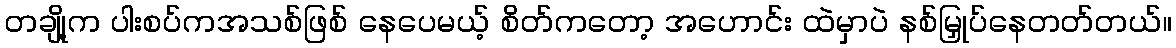
တချို့က ပါးစပ်ကအသစ်ဖြစ် နေပေမယ့် စိတ်ကတော့ အဟောင်း ထဲမှာပဲ နစ်မြှုပ်နေတတ်တယ်။